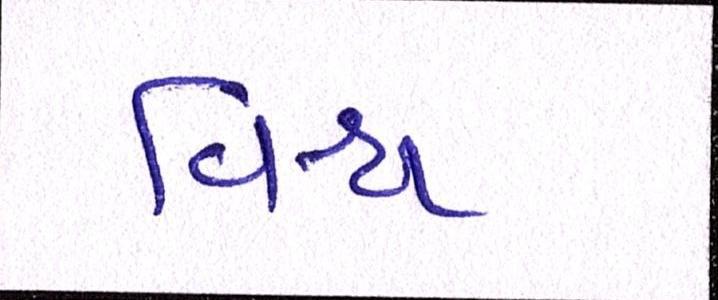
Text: વિશ્વ